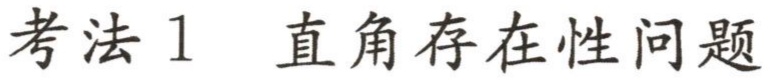
考法 1 直角存在性问题